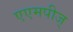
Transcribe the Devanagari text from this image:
एएमपीज्